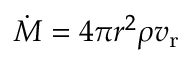
\dot { M } = 4 \pi r ^ { 2 } \rho v _ { \mathrm { r } }